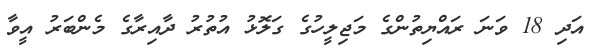
އަދި 18 ވަނަ ރައްޔިތުންގެ މަޖިލީހުގެ ގަލޮޅު އުތުރު ދާއިރާގެ މެންބަރު އީވާ